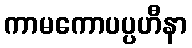
ကာမကောပပ္ပဟီနာ